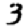
Digit: 3